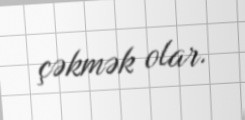
çəkmək olar.